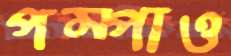
পম্পাও